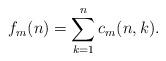
LaTeX: \begin{align*}f_m(n)=\sum_{k=1}^nc_m(n,k).\end{align*}